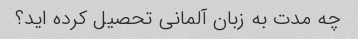
چه مدت به زبان آلمانی تحصیل کرده اید؟